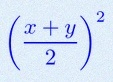
\left(\frac{x+y}{2}\right)^2